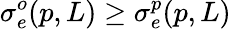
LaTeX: \sigma_{e}^{o}(p,L)\geq\sigma_{e}^{p}(p,L)